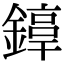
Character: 𨫚